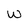
Character: w